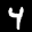
Label: 4